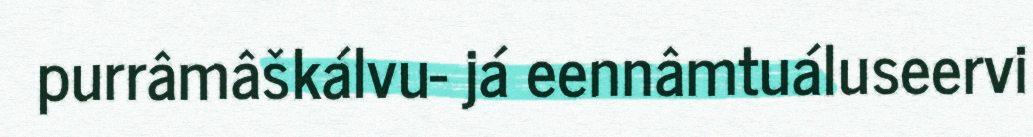
purrâmâškálvu- já eennâmtuáluseervi